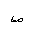
Letter: _sad